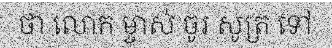
ថា លោក ម្ចាស់ ចូរ សូត្រ ទៅ